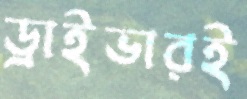
ড্রাইভারই